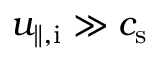
u _ { \mathrm { \parallel , i } } \gg c _ { \mathrm { s } }